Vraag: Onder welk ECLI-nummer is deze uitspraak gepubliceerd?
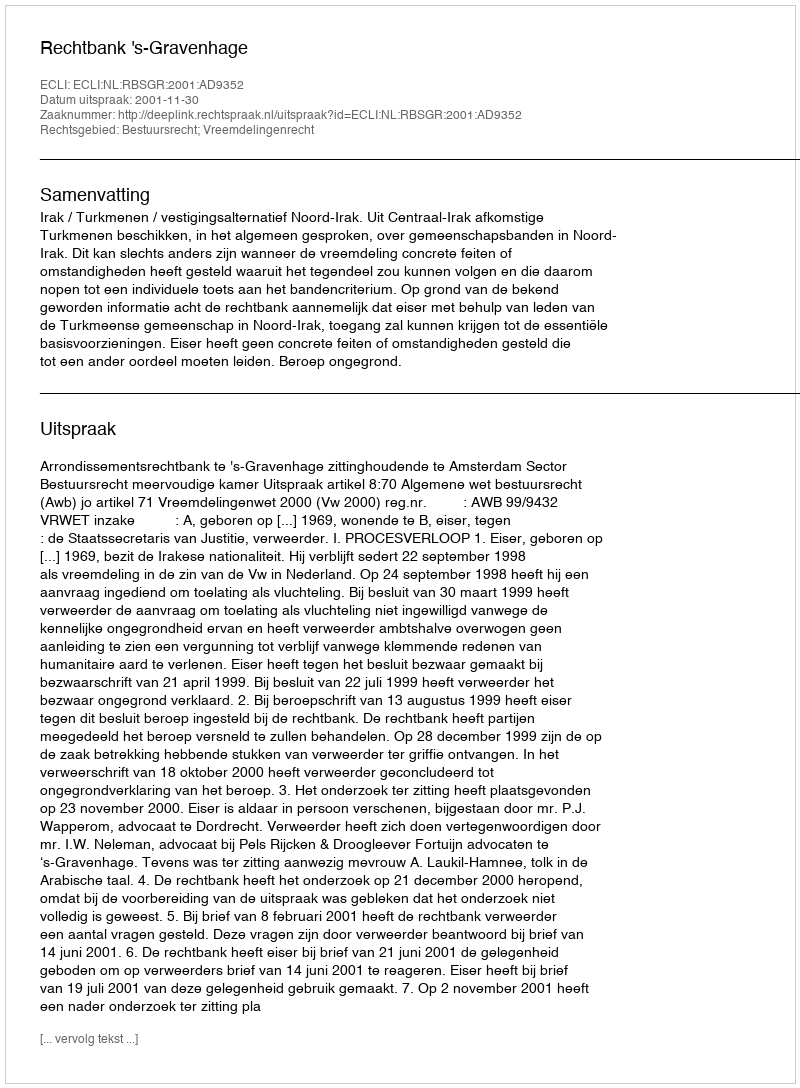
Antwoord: ECLI:NL:RBSGR:2001:AD9352